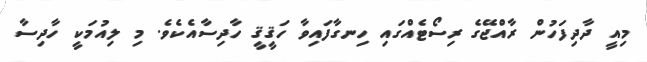
މިއީ ދާދިފަހުން ރާއްޖޭގެ ރިސޯޓެއްގައި ހިނގާފައިވާ ހަޤީޤީ ހާދިސާއެކެވެ. މި ލިއުމަކީ ހާދިސާ